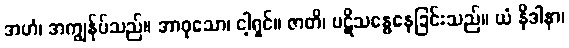
အဟံ၊ အကျွန်ုပ်သည်။ အာဝုသော၊ ငါ့ရှင်။ ဇာတိ၊ ပဋိသန္ဓေနေခြင်းသည်။ ယံ နိဒါနာ၊